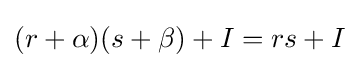
(r+\alpha )(s+\beta )+I=rs+I